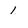
Character: 1